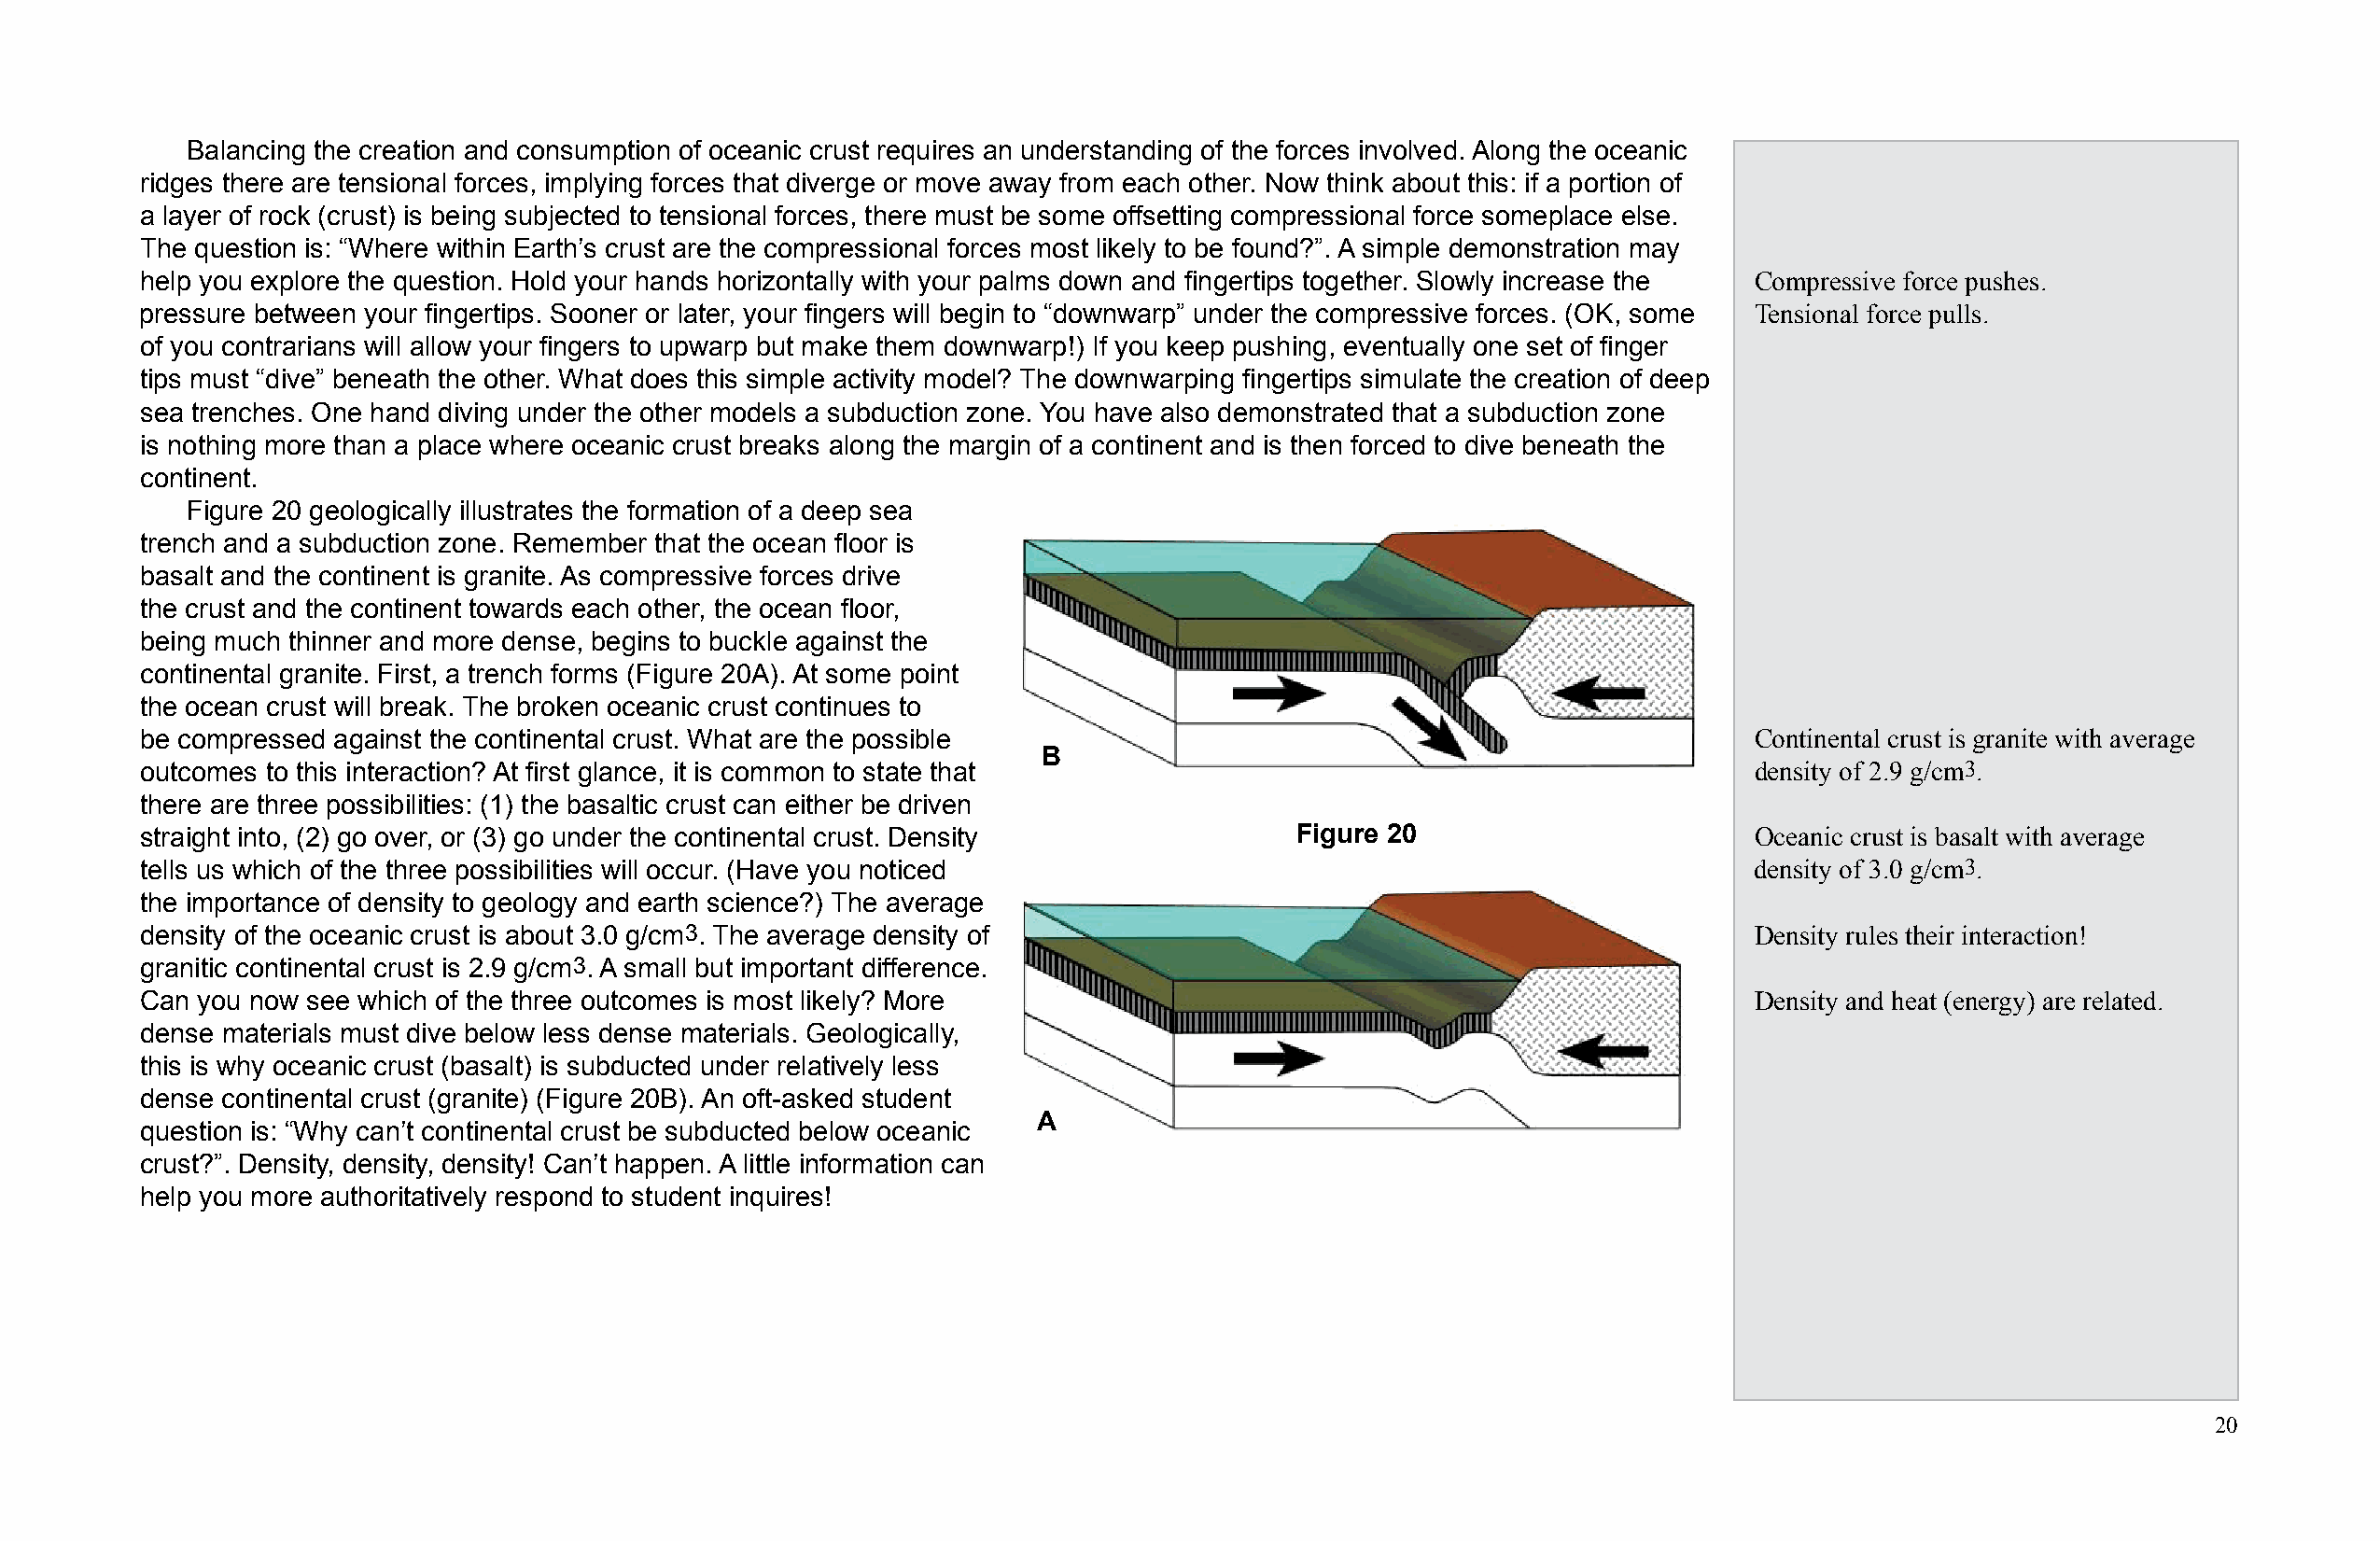
Balancing the creation and consumption of oceanic crust requires an understanding of the forces involved. Along the oceanic
 ridges there are tensional forces, implying forces that diverge or move away from each other. Now think about this: if a portion of
 a layer of rock (crust) is being subjected to tensional forces, there must be some offsetting compressional force someplace else.
 The question is: “Where within Earth’s crust are the compressional forces most likely to be found?”. A simple demonstration may
 help you explore the question. Hold your hands horizontally with your palms down and fi ngertips together. Slowly increase the Compressive force pushes.
 pressure between your fi ngertips. Sooner or later, your fi ngers will begin to “downwarp” under the compressive forces. (OK, some Tensional force pulls.
 of you contrarians will allow your fi ngers to upwarp but make them downwarp!) If you keep pushing, eventually one set of fi nger
 tips must “dive” beneath the other. What does this simple activity model? The downwarping fi ngertips simulate the creation of deep
 sea trenches. One hand diving under the other models a subduction zone. You have also demonstrated that a subduction zone
 is nothing more than a place where oceanic crust breaks along the margin of a continent and is then forced to dive beneath the
 continent.
 Figure 20 geologically illustrates the formation of a deep sea
 trench and a subduction zone. Remember that the ocean fl oor is
 basalt and the continent is granite. As compressive forces drive
 the crust and the continent towards each other, the ocean fl oor,
 being much thinner and more dense, begins to buckle against the
 continental granite. First, a trench forms (Figure 20A). At some point
 the ocean crust will break. The broken oceanic crust continues to
 be compressed against the continental crust. What are the possible                                                Continental crust is granite with average
 B
 outcomes to this interaction? At fi rst glance, it is common to state that                                        density of 2.9 g/cm3.
 there are three possibilities: (1) the basaltic crust can either be driven
 straight into, (2) go over, or (3) go under the continental crust. Density        Figure 20                       Oceanic crust is basalt with average
 tells us which of the three possibilities will occur. (Have you noticed                                           density of 3.0 g/cm3.
 the importance of density to geology and earth science?) The average
 density of the oceanic crust is about 3.0 g/cm3. The average density of                                           Density rules their interaction!
 granitic continental crust is 2.9 g/cm3. A small but important difference.
 Can you now see which of the three outcomes is most likely? More                                                  Density and heat (energy) are related.
 dense materials must dive below less dense materials. Geologically,
 this is why oceanic crust (basalt) is subducted under relatively less
 dense continental crust (granite) (Figure 20B). An oft-asked student
 A
 question is: “Why can’t continental crust be subducted below oceanic
 crust?”. Density, density, density! Can’t happen. A little information can
 help you more authoritatively respond to student inquires!
 20